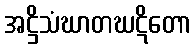
အဋ္ဌိသံဃာတဃဋိတော